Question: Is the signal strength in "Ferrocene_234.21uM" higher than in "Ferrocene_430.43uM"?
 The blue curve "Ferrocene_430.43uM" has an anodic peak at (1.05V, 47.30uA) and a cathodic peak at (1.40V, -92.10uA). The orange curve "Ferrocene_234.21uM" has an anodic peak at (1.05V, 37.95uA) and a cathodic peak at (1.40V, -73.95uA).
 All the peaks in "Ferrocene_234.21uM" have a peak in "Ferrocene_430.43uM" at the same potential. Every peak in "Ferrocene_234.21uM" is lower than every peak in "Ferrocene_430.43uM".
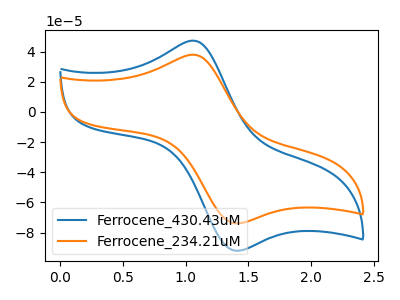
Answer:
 <answer>"Ferrocene_234.21uM" has less signal than "Ferrocene_430.43uM".</answer>
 <eval>less_signal</eval>